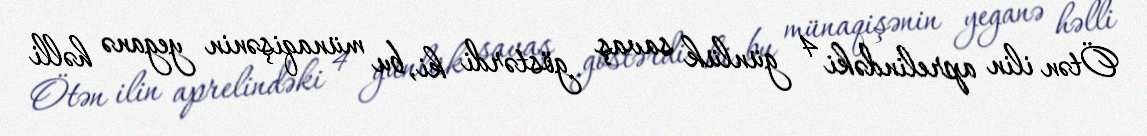
Ötən ilin aprelindəki 4 günlük savaş göstərdi ki, bu münaqişənin yeganə həlli